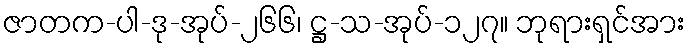
ဇာတက-ပါ-ဒု-အုပ်-၂၆၆၊ ဋ္ဌ-သ-အုပ်-၁၂၇။ ဘုရားရှင်အား